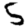
Digit: 5